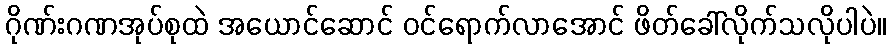
ဂိုဏ်းဂဏအုပ်စုထဲ အယောင်ဆောင် ဝင်ရောက်လာအောင် ဖိတ်ခေါ်လိုက်သလိုပါပဲ။